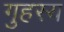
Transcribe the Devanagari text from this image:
गुहस्य